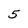
Character: 5